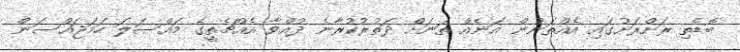
ބޮޑެތި ރަށްރަށުގައި އެއްތަނުން އަނެއް ތަނަށް ދަތުރުކުރާނެ ދުއްވާ އެއްޗެތީގެ މައްސަލަ ހަމަޖައްސަން